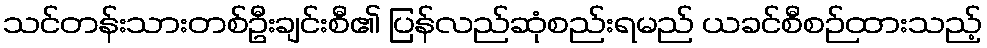
သင်တန်းသားတစ်ဦးချင်းစီ၏ ပြန်လည်ဆုံစည်းရမည် ယခင်စီစဉ်ထားသည့်